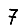
Digit: 7